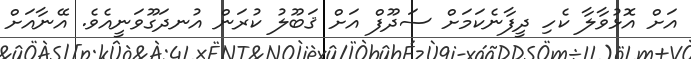
އަށް އޮޅުވާލާ ކެހި ދީފާނެކަމަށް ސަދޫފް އަށް ޤަބޫލު ކުރަން އުނދަގޫވަނީއެވެ. އޭނާއަށް